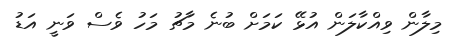
މިލާން ވިއްކާލަން އުޅޭ ކަމަށް ބުނެ މާޗު މަހު ވެސް ވަނީ އަޑު